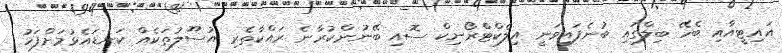
އައިޓީއާއި ބެހޭ ބިލްގައި ބުނެފައިވަނީ އިލެކްޓްރޯނިކް ސޮއި ބޭނުންކުރާނެ ރައްކާތެރި އުސޫލުތަކެއް ކަނޑައެޅުމަށްފަހު